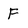
Character: F